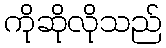
ကိုဆိုလိုသည်